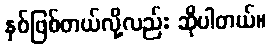
နှစ်ဖြစ်တယ်လို့လည်း ဆိုပါတယ်။